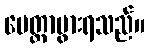
မေတ္တာပွားရသည်။